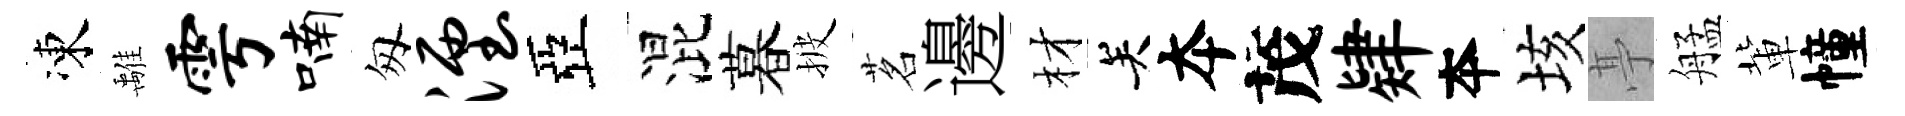
凍𩀌雩喃匆湮亞混暮披茗邊材关夲茂肄夲垓𠅘艋軰幢